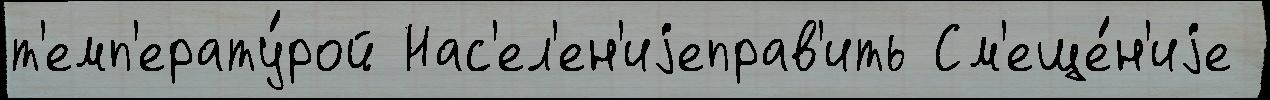
т'емп'ерату́рой Нас'ел'ен'иjеправ'ить См'еще́н'иjе